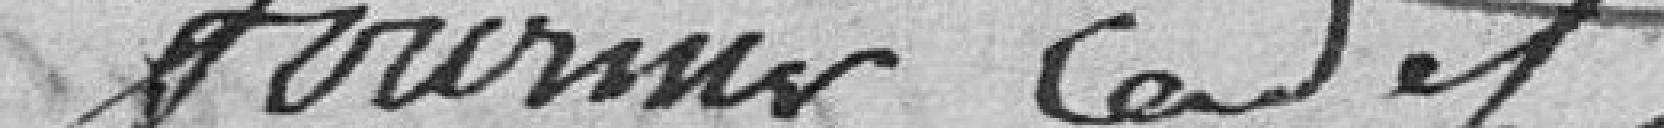
Fournier